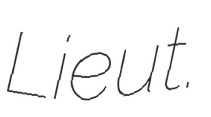
Lieut.